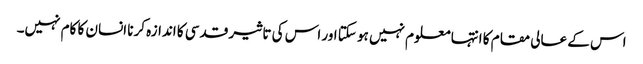
اس کے عالی مقام کا انتہا معلوم نہیں ہو سکتا اور اس کی تاثیر قدسی کا اندازہ کرنا انسان کا کام نہیں۔